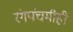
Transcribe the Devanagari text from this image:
रंगपंचमीही